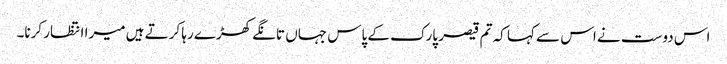
اس دوست نے اس سے کہا کہ تم قیصر پارک کے پاس جہاں تانگے کھڑے رہا کرتے ہیں میرا انتظار کرنا۔